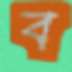
ব